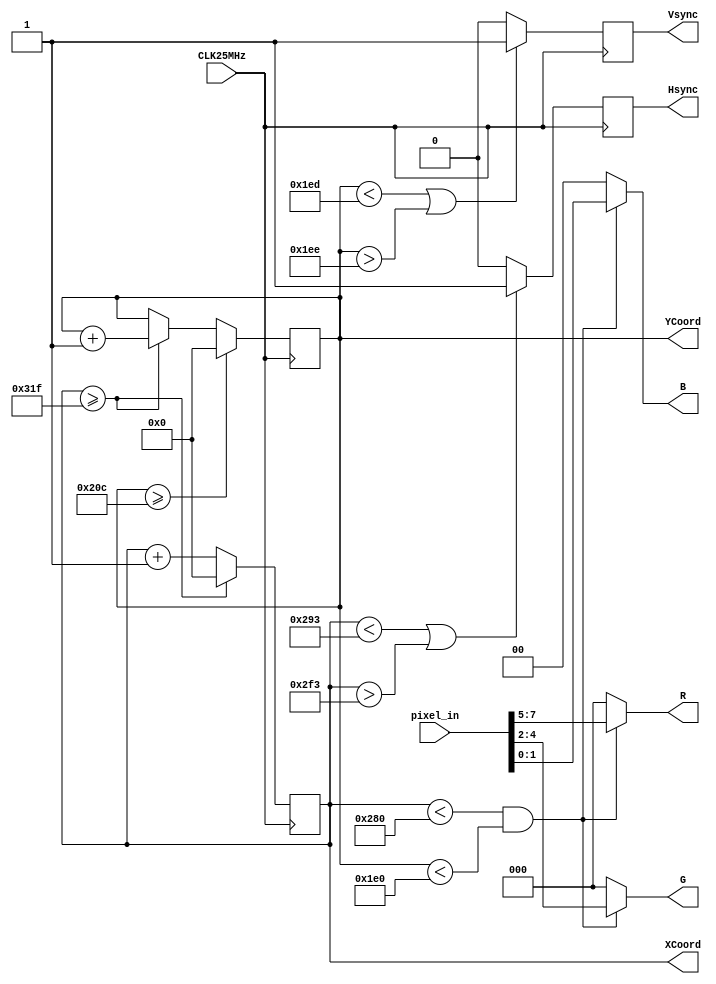
module VGA (CLK25MHz, pixel_in, Hsync, Vsync, R, G, B, XCoord, YCoord);
  input CLK25MHz;
  input [7:0] pixel_in;
  
  output [2:0] R, G;
  output [1:0] B;
  output Hsync, Vsync;
  output [10:0] XCoord, YCoord;
  
  reg Hsync, Vsync;
  reg [10:0] HCount, VCount;
  
  initial
    begin
      Hsync <= 1;
      Vsync <= 1;
      HCount <= 0;
      VCount <= 0;
    end
  
  assign XCoord = HCount;
  assign YCoord = VCount;
  assign R = (HCount < 640 && VCount < 480) ? pixel_in[7:5] : 8'b00000000;  
  assign G = (HCount < 640 && VCount < 480) ? pixel_in[4:2] : 8'b00000000; 
  assign B = (HCount < 640 && VCount < 480) ? pixel_in[1:0] : 8'b00000000; 

  always @ (posedge CLK25MHz)
    begin
          if (HCount >= 799)                    // increment and reset HCount and increment VCount
            begin
              HCount <= 0;
              VCount <= VCount + 1;
            end
          else
            HCount <= HCount + 1;
       
          if (HCount < 659 || HCount > 755)     // Hsync control
            Hsync <= 1;
          else
            Hsync <= 0; 
              
          if (VCount < 493 || VCount > 494)     // Vsync control
            Vsync <= 1;
          else
            Vsync <= 0;
        
          if (VCount >= 524)                    // reset VCount
            VCount <= 0;
          else
            begin
            end    
    end
endmodule